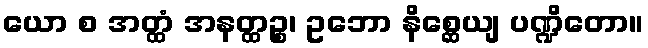
ယော စ အတ္ထံ အနတ္ထဉ္စ၊ ဥဘော နိစ္ဆေယျ ပဏ္ဍိတော။